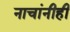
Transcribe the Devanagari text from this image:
नाचांनीही